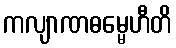
ကလျာဏဓမ္မေဟီတိ